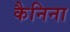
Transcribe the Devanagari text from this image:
कैनिना